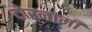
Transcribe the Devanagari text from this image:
टोरनामी